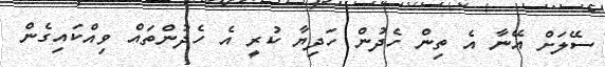
ސޭލަށް އޭނާ އެ ތިން ހެދުން ހަދިޔާ ކުރީ އެ ހެދުންތައް ވިއްކައިގެން